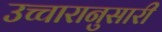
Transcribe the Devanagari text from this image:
उच्चारानुसारी